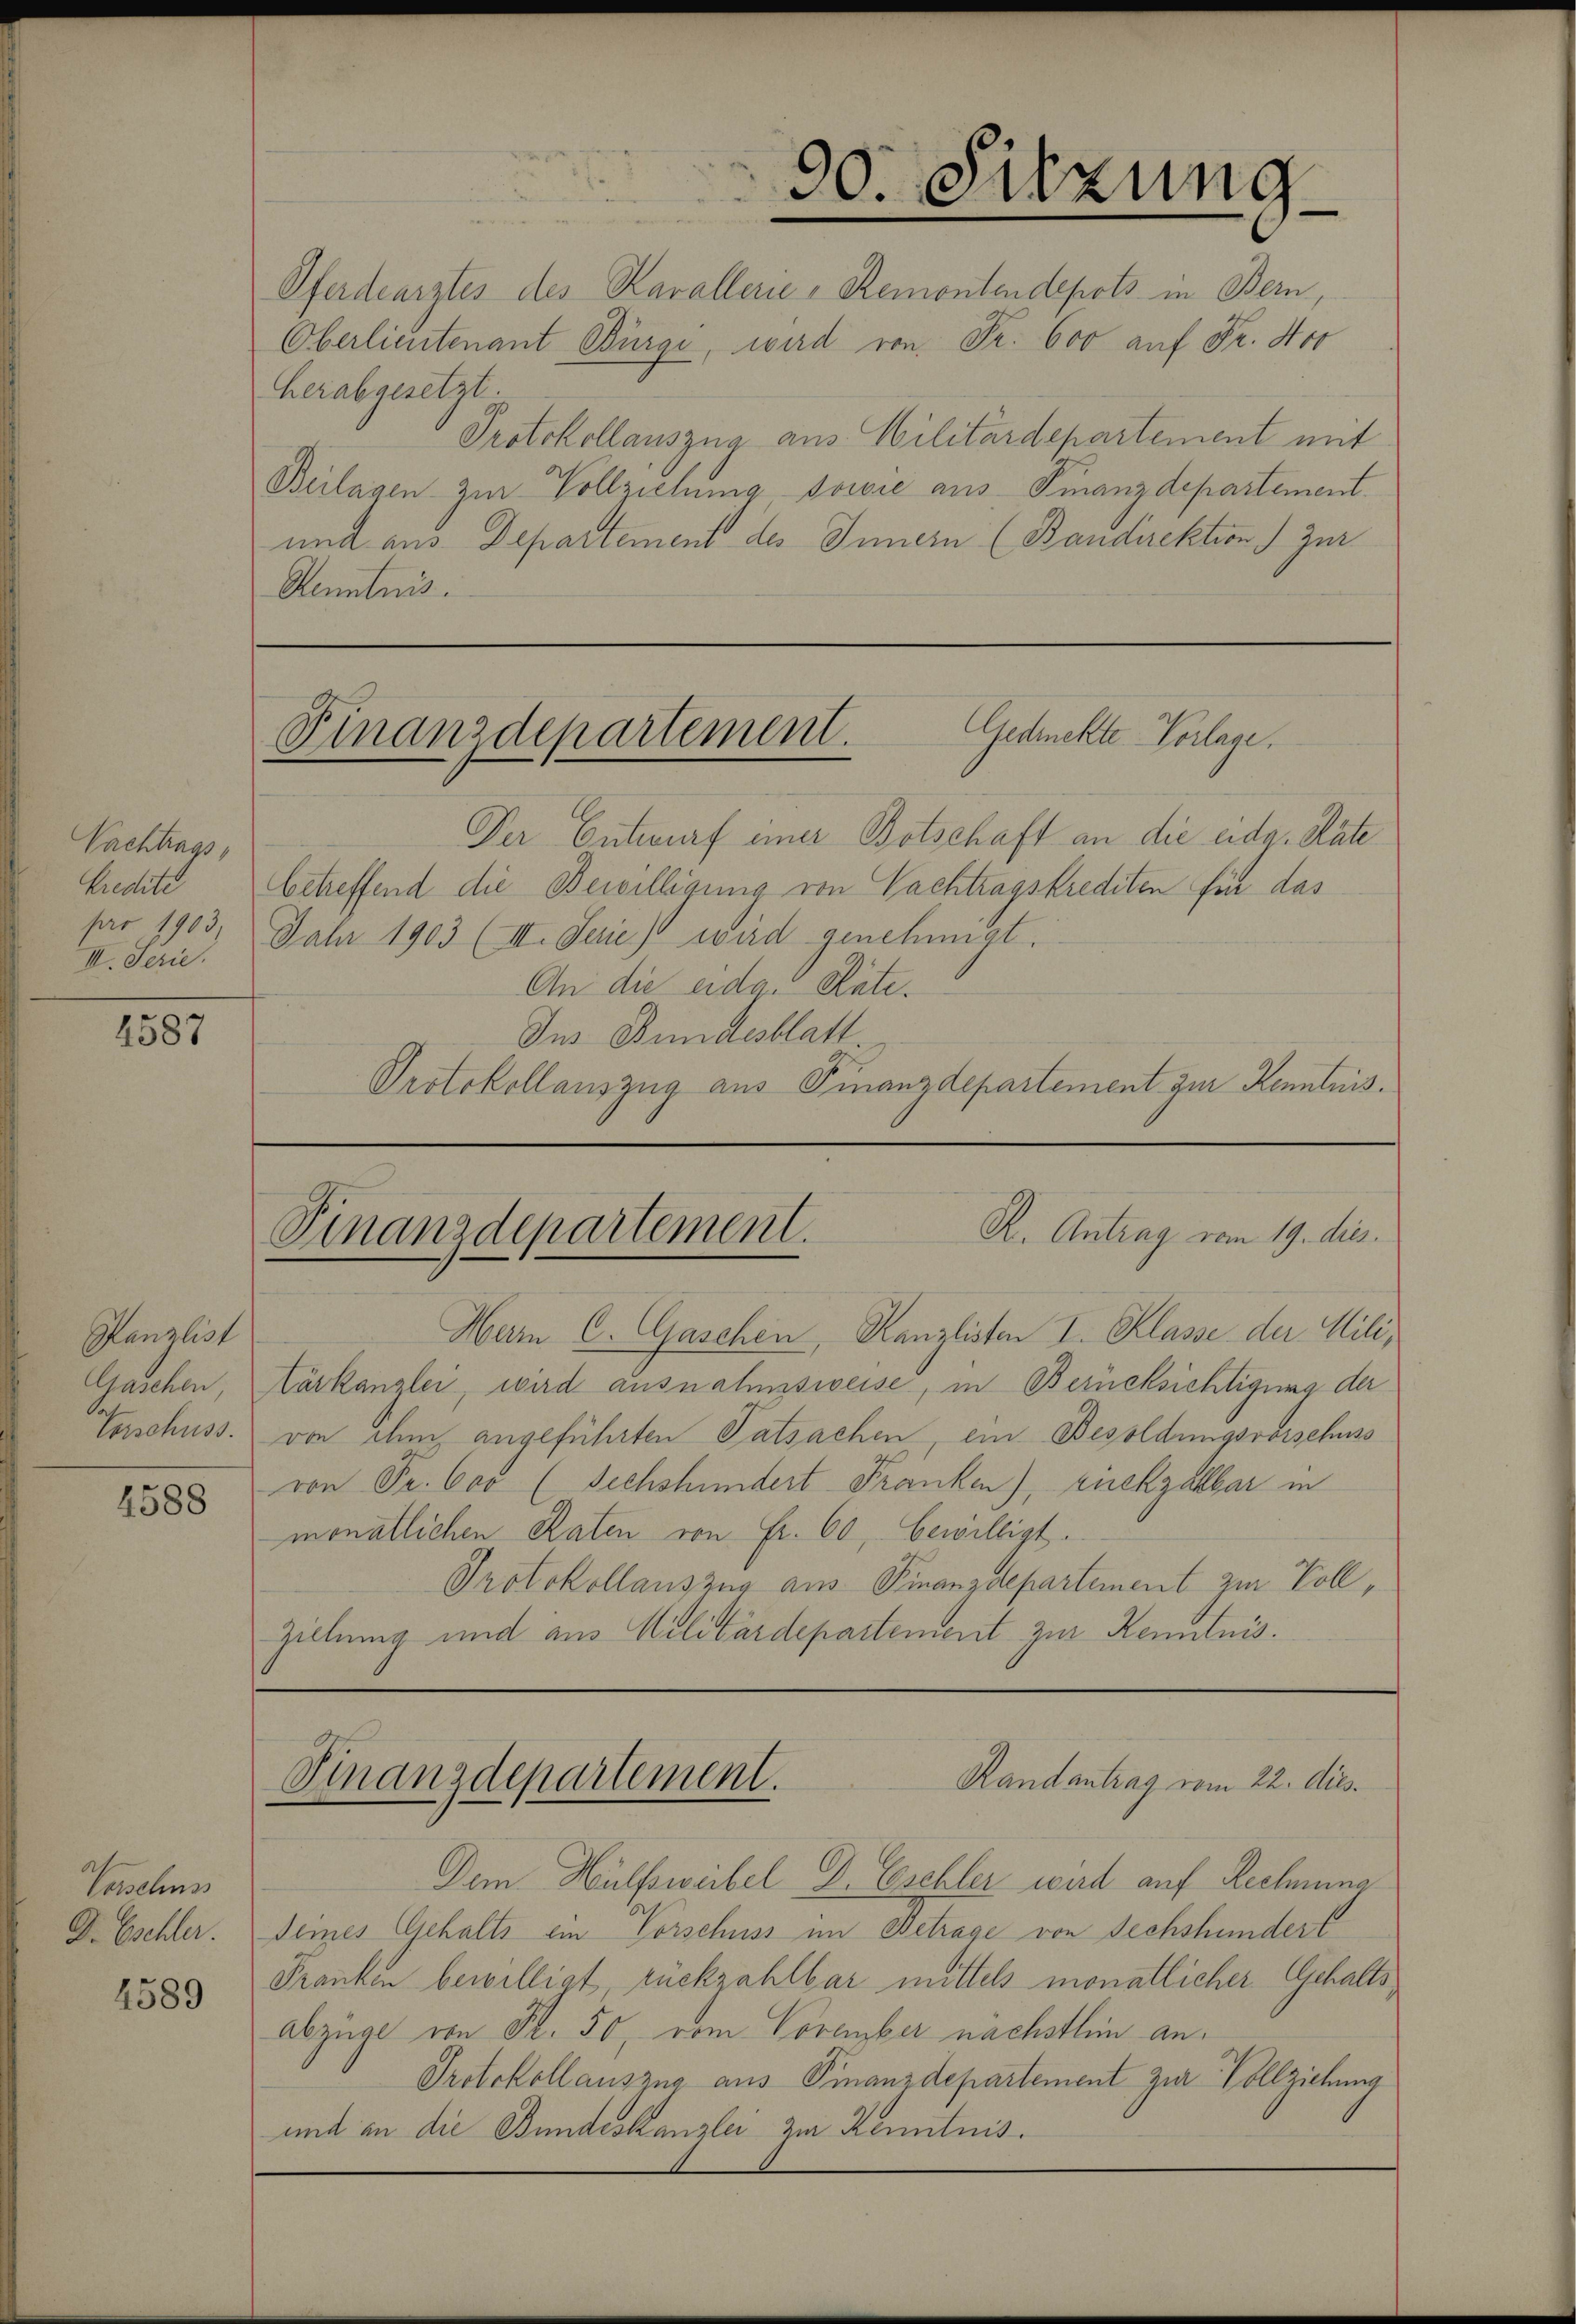
Nachtrags,
Kredite
pro 1903.
III. Serie.

1587

Kanzlich
Gaschen,
Teschuss

4588

Vaschuss
D. Eschler.

4589

Pferdearztes des Kavallerie-Remontendepots in Bern,
Oberlieutenant Bürge, wird von Fr. 600 auf Fr. 400
herabgesetzt
Protokollauszug aus Militärdepartement mit
Beilagen zur Vollziehung, sowie aus Finanzdepartement.
und aus Departement des Innern (Bandirektion) Zur
Kenntnis.

90. Sitzung

Gedrehte Vorlage.
Finanzdepartement.

Der Entwurf einer Botschaft an die eidg. Rate
betreffend die Bewilligung von Nachtragskrediten für das
Jahr 1903 (III. Serie) wird genehmigt.
An die eidg. Rate.
Ins Bundesblatt
Protokollauszug aus Finanzdepartement zur Kenntnis¬

R. Antrag vom 19. dies
Finanzdepartement.

Hern C. Gaschen, Kanzlisten I. Klasse der Mili¬
Törkanzlei, wird ausnahmsweise, in Berücksichtigung der
von dem angeführten Tatsachen, ein Besoldungsvorschuss
von Fr. 600 (sechshundert Franken), rückzahlbar in
monatlichen Raten von Fr. 60, bewilligt.
Protokollauszug aus Finanzdepartement zur Voll¬
Zielung und aus Militärdepartement zur Kenntnis.

Dem Hülfsweibel Dr. Eschler wird auf Rechnung
Deines Gehalts ein Vorschuss im Betrage von Sechshunder E
Franken bewilligt, rückzahlbar mittels monatlicher Gehaltsabzüge von Fl. 50, vom Voraber nächsten an¬
Protokollauszug aus Finanzdepartement zur Vollziehung
und in die Bundeskanzlei zur Kenntnis.

Finanzdepartement.
Randantrag vom 22. dies.